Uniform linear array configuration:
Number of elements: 8
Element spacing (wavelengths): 0.75
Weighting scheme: blackman
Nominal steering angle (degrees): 0
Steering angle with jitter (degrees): -1.138
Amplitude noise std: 0.05
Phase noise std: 0.05

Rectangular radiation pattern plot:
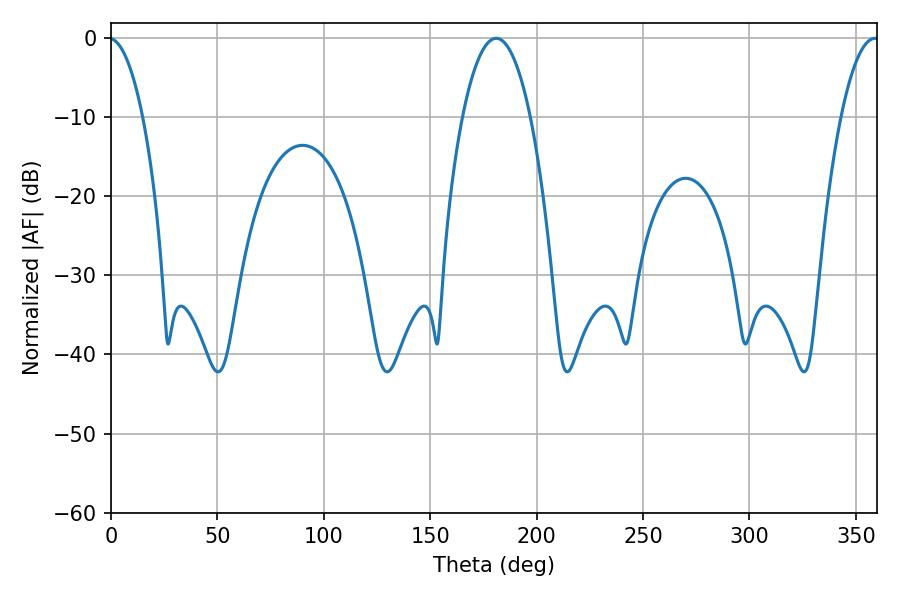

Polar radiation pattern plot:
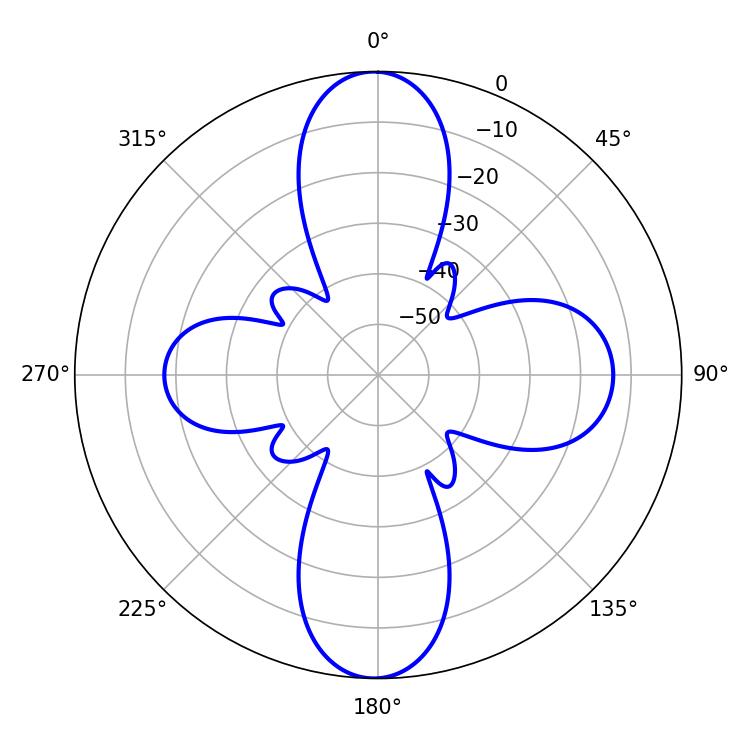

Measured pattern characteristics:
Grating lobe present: TRUE
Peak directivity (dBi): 29.28
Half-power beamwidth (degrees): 17.82
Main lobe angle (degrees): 181.08